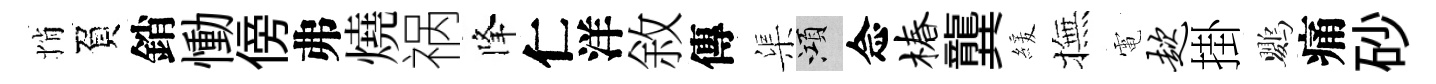
悄負銷慟傍弗燒祸降仁洋敘傳渠澒念椿龔緩撫電趑掛鸚痛砂